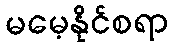
မမေ့နိုင်စရာ